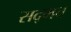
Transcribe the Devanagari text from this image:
सद्भव